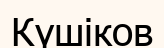
Күшіков